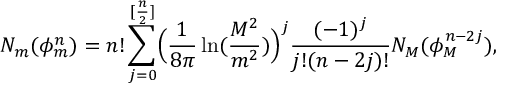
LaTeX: N _ { m } ( \phi _ { m } ^ { n } ) = n ! \sum _ { j = 0 } ^ { [ \frac { n } { 2 } ] } \Bigl ( \frac { 1 } { 8 \pi } \ln ( \frac { M ^ { 2 } } { m ^ { 2 } } ) \Bigr ) ^ { j } \frac { ( - 1 ) ^ { j } } { j ! ( n - 2 j ) ! } N _ { M } ( \phi _ { M } ^ { n - 2 j } ) ,